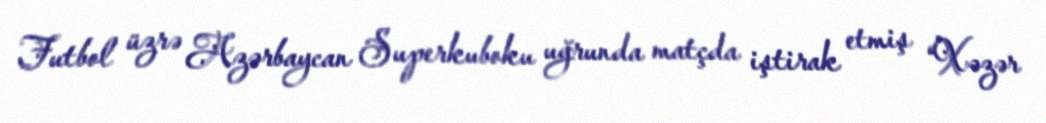
Futbol üzrə Azərbaycan Superkuboku uğrunda matçda iştirak etmiş “Xəzər